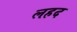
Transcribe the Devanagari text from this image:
लहद